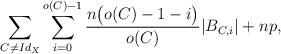
LaTeX: \begin{align*}\sum_{C \neq Id_{X}}\sum_{i=0}^{o(C)-1}\frac{n\big(o(C)-1-i\big)}{o(C)}|B_{C,i}|+np, \end{align*}